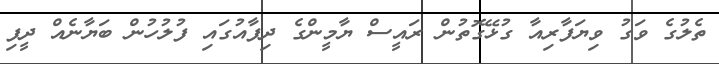
ތެލުގެ ވަގު ވިޔަފާރިއާ ގުޅޭގޮތުން ރައީސް ޔާމީންގެ ދިފާއުގައި ފުލުހުން ބަޔާނެއް ދީފި